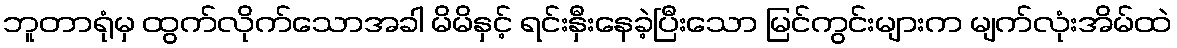
ဘူတာရုံမှ ထွက်လိုက်သောအခါ မိမိနှင့် ရင်းနှီးနေခဲ့ပြီးသော မြင်ကွင်းများက မျက်လုံးအိမ်ထဲ